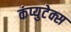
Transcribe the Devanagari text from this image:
कंप्युटेक्स